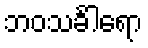
ဘဝသင်္ခါရော